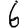
Digit: 6